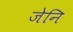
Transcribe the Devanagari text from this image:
जेनि